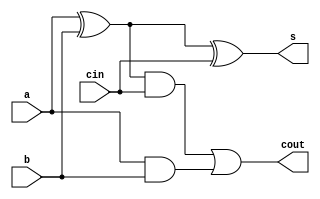
`timescale 1ns / 1ps
//////////////////////////////////////////////////////////////////////////////////
// Company: 
// Engineer: 
// 
// Design Name: 
// Module Name: carry_skip_adder
// Project Name: 
// Target Devices: 
// Tool Versions: 
// Description: 
// 
// Dependencies: 
// 
// Revision:
// Revision 0.01 - File Created
// Additional Comments:
// 
//////////////////////////////////////////////////////////////////////////////////
module full_adder(
input a,b,cin,
output s,cout);
assign s=a^b^cin;
assign cout=(a^b)&cin | a&b;
endmodule

module carry_skip_adder(s,carry,a,b,c0);
input [3:0]a,b;
input c0;
output [3:0]s;
output carry;
wire c1,c2,c3,c4,p0,p1,p2,p3,m;

full_adder FA1 (.a(a[0]),.b(b[0]),.cin(c0),.s(s[0]),.cout(c1));
full_adder FA2 (.a(a[1]),.b(b[1]),.cin(c1),.s(s[1]),.cout(c2));
full_adder FA3 (.a(a[2]),.b(b[2]),.cin(c2),.s(s[2]),.cout(c3));
full_adder FA4 (.a(a[3]),.b(b[3]),.cin(c3),.s(s[3]),.cout(c4));

xor(p0,a[0],b[0]);
xor(p1,a[1],b[1]);
xor(p2,a[2],b[2]);
xor(p3,a[3],b[3]);
and(m,p0,p1,p2,p3);
assign carry=m?c0:p3;
endmodule